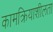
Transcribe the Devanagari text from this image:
कामक्रियाशीलता